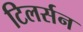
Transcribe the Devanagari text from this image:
टिलर्सन